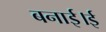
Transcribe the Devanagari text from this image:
बनाई।ई